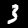
Digit: 3